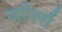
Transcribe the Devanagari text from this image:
जाॅर्ज्स